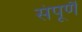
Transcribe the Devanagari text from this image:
संपूर्णै